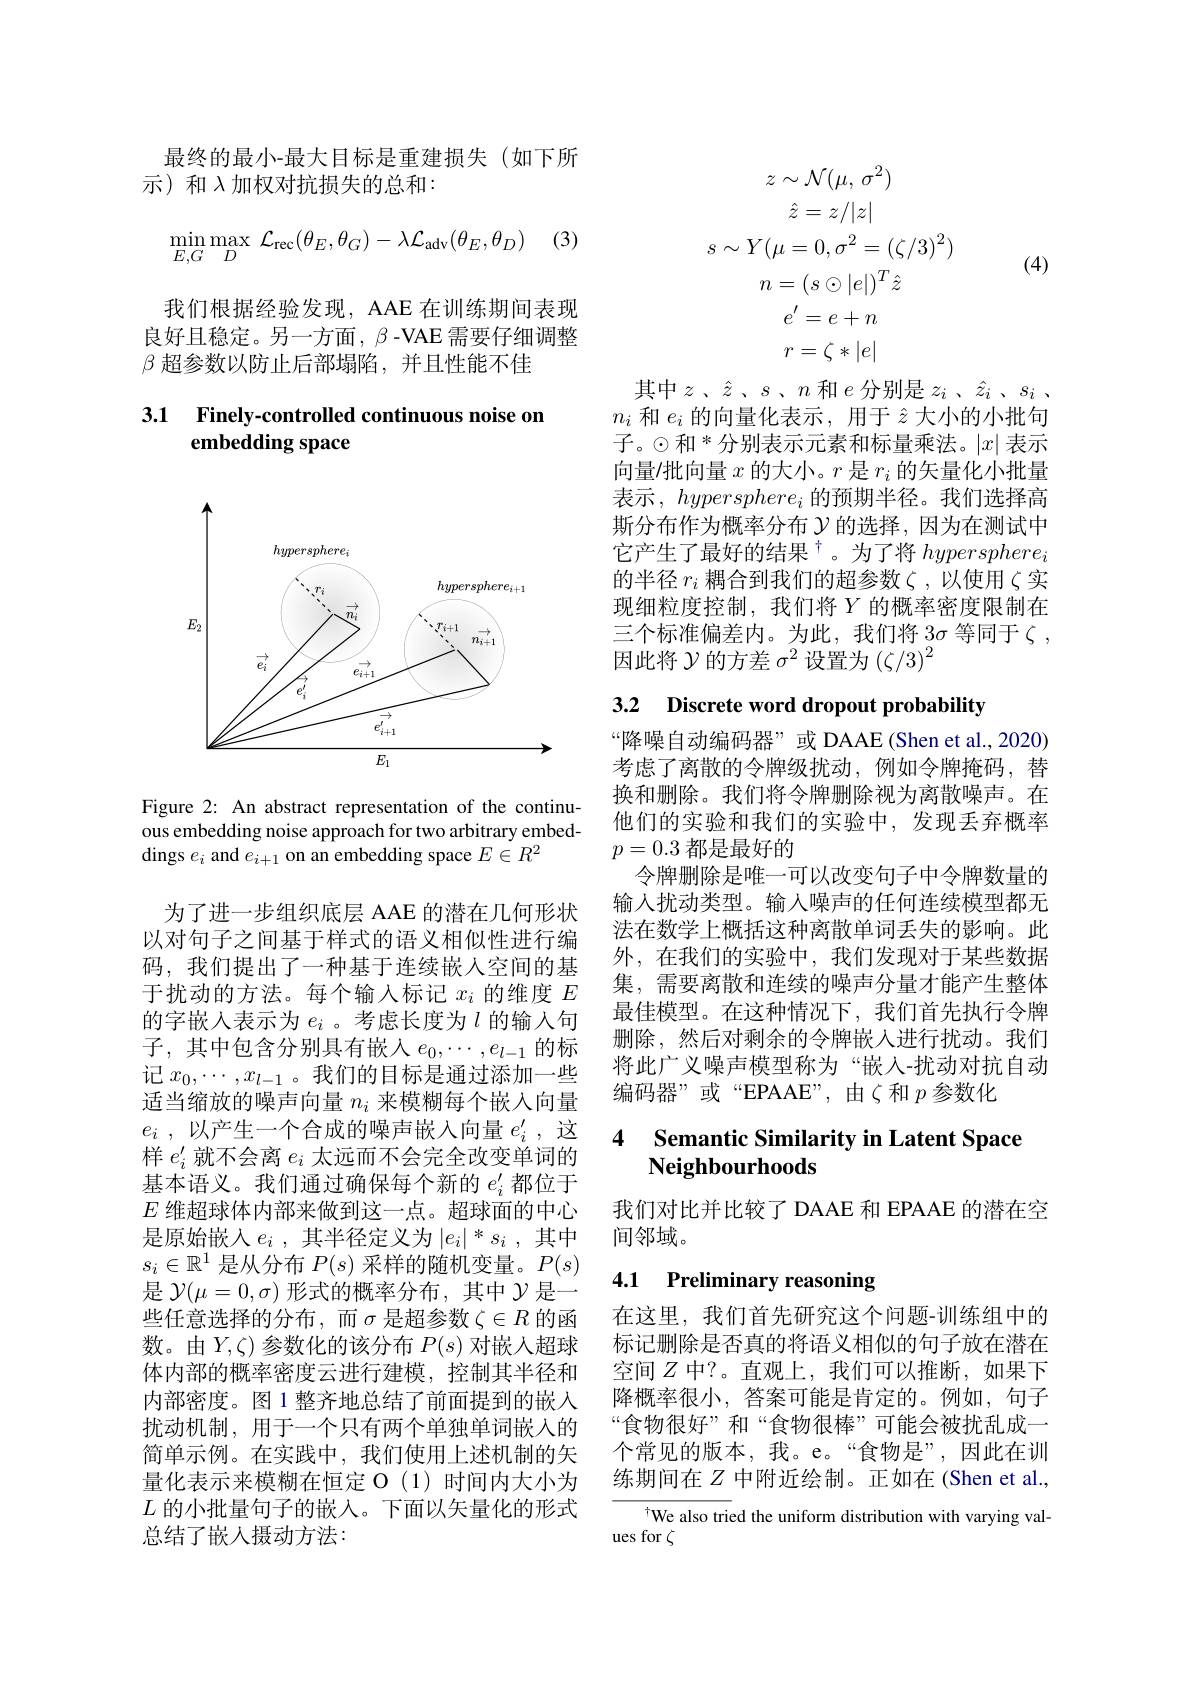
<FigureHere>

Figure 2: An abstract representation of the continuous embedding noise approach for two arbitrary embeddings $e_i$ and $e_i+1$ on an embedding space $E\in R^2$

为了进一步组织底层 AAE 的潜在几何形状以对句子之间基于样式的语义相似性进行编码，我们提出了一种基于连续嵌人空间的基于扰动的方法。每个输入标记$x_i$的维度$E$ 的字嵌人表示为$e_i$ 。考虑长度为$l$的输入句子，其中包含分别具有嵌入$e_0,\cdots,e_{l-1}$的标记$x_0,\cdots,x_{l-1}$ 。我们的目标是通过添加一些适当缩放的噪声向量$n_i$来模糊每个嵌入向量$e_i$ , 以 产 生 一 个 合 成 的 噪 声 嵌 入 向 量 $e_i^{\prime }$ , 这样$e_i^{\prime}$就不会离$e_i$太远而不会完全改变单词的基本语义。我们通过确保每个新的$e_i^{\prime}$都位于$E$维超球体内部来做到这一点。超球面的中心是原始嵌入$e_i$ ,其半径定义为$|e_i|^*s_i$ ,其中$s_i\in\mathbb{R}^1$是从分布$P(s)$采样的随机变量。$P(s)$ 是$\mathcal{Y}(\mu=0,\sigma)$形式的概率分布，其中$\mathcal{Y}$是一些任意选择的分布，而$\sigma$是超参数$\zeta\in R$的函数。由$Y,\zeta)$参数化的该分布$P(s)$对嵌入超球体内部的概率密度云进行建模，控制其半径和内部密度。图 1 整齐地总结了前面提到的嵌入扰动机制，用于一个只有两个单独单词嵌入的简单示例。在实践中，我们使用上述机制的矢量化表示来模糊在恒定 O (1)时间内大小为$L$的小批量句子的嵌入。下面以矢量化的形式总结了嵌入摄动方法：

最终的最小-最大目标是重建损失(如下所
示)和入加权对抗损失的总和：
$$\min\limits_{E,G}\max\limits_{D}\:\mathcal{L}_{\text{rec}}(\theta_E,\theta_G)-\lambda\mathcal{L}_{\text{adv}}(\theta_E,\theta_D)$$
我们根据经验发现，AAE 在训练期间表现良好且稳定。另一方面，$\beta$ -VAE 需要仔细调整$\beta$超参数以防止后部塌陷，并且性能不佳

### 3.1 Finely-controlled continuous noise on embedding space
$$z\sim\mathcal{N}(\mu,\:\sigma^{2})\\\hat{z}=z/|z|\\s\sim Y(\mu=0,\sigma^{2}=(\zeta/3)^{2})\\n=(s\odot|e|)^{T}\hat{z}\\e^{\prime}=e+n\\r=\zeta*|e|$$
(4)

其中$z$、$\hat{z}$、$s$、$n$ 和$e$ 分别是$z_i$、$\hat{z}_i$、$s_i$、 $n_i$和$e_i$的向量化表示 , 用于$\hat{z}$大小的小批句子。$\odot 和“分别表示元素和标量乘法。|x| 表示$ 向量/批向量$x$的大小。$r$是$r_i$的矢量化小批量表示$,hypersphere_i$的预期半径。我们选择高斯分布作为概率分布$\gamma$的选择 ,因为在测试中它产生了最好的结果$^\dagger$。为了将 $hypersphere_i$ 的半径$r_i$耦合到我们的超参数$\zeta$,以使用$\zeta$实现细粒度控制，我们将$Y$ 的概率密度限制在三个标准偏差内。为此，我们将 $3\sigma$ 等同于$\zeta$, 因此将$\mathcal{Y}$的方差$\sigma^2$设置为$(\zeta/3)^2$

3.2 Discrete word dropout probability

“降噪自动编码器”或 DAAE (Shen et al., 2020) 考虑了离散的令牌级扰动，例如令牌掩码，替换和删除。我们将令牌删除视为离散噪声。在他们的实验和我们的实验中，发现丢弃概率$p=0.3$都是最好的
令牌删除是唯一可以改变句子中令牌数量的输入扰动类型。输入噪声的任何连续模型都无法在数学上概括这种离散单词丢失的影响。此外，在我们的实验中，我们发现对于某些数据集，需要离散和连续的噪声分量才能产生整体最佳模型。在这种情况下，我们首先执行令牌删除，然后对剩余的令牌嵌人进行扰动。我们将此广义噪声模型称为“嵌入-扰动对抗自动编码器”或“EPAAE”,由$\zeta$和$p$参数化

### 4 Semantic Similarity in Latent Space $\mathbf{Neighbourhoods}$

我们对比并比较了 DAAE 和 EPAAE 的潜在空
间邻域。

# 4.1 Preliminary reasoning

在这里，我们首先研究这个问题-训练组中的标记删除是否真的将语义相似的句子放在潜在空间$Z$中？。直观上，我们可以推断，如果下降概率很小，答案可能是肯定的。例如，句子“食物很好”和“食物很棒”可能会被扰乱成一个常见的版本，我。e。“食物是”,因此在训练期间在$Z$中附近绘制。正如在(Shen et al.,

$^{\dagger}$We also tried the uniform distribution with varying val-
ues for $\zeta$